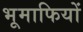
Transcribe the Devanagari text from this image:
भूमाफियों